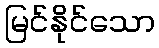
မြင်နိုင်သော